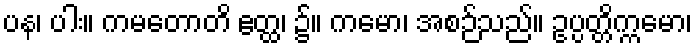
ပန၊ ပါး။ ကမတောတိ ဧတ္ထ၊ ၌။ ကမော၊ အစဉ်သည်။ ဥပ္ပတ္တိက္ကမော၊